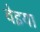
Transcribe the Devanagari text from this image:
वेइया